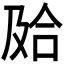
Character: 𰇮